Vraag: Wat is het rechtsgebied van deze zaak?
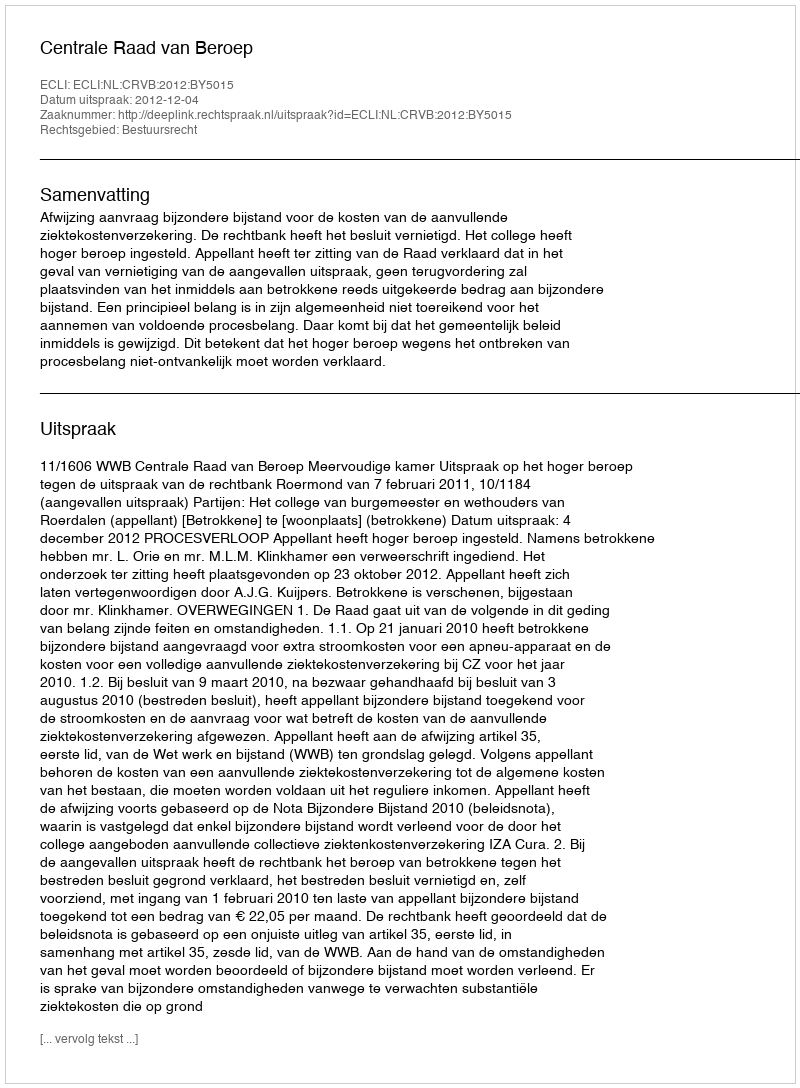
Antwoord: Bestuursrecht